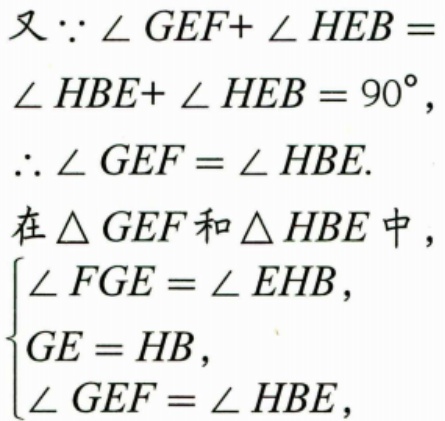
又\(\because \angle GEF + \angle HEB = \angle HBE+\angle HEB = 90^{\circ}\)，
\(\therefore \angle GEF = \angle HBE.\)
在\(\triangle GEF\)和\(\triangle HBE\)中，
\(\begin{cases}
\angle FGE = \angle EHB, \\
GE = HB, \\
\angle GEF = \angle HBE,
\end{cases}\)